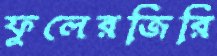
ফুলেরজিরি